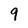
Character: 9